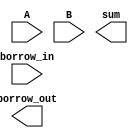
module subtractor(input A, input B, input borrow_in, output sum, output borrow_out);

    xor #2 xor1(A,B,intermediate_sum);
    xor #2 xor2(intermediate_sum,borrow_in,sum);
    and #2 and1(intermediate_sum, borrow_in, borrow_out);
    or #2 or1(A,B,intermediate_carry);
    or #2 or2(intermediate_carry, borrow_in, borrow_out);

endmodule